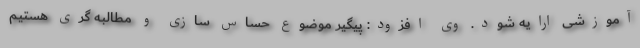
آموزشی ارایه شود. وی افزود: پیگیر موضوع حساس سازی و مطالبه گری هستیم